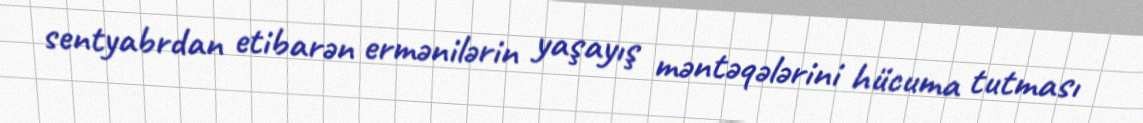
sentyabrdan etibarən ermənilərin yaşayış məntəqələrini hücuma tutması